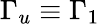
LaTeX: \Gamma_{u}\equiv\Gamma_{1}